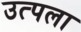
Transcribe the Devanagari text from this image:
उत्पला